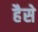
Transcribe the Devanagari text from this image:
हैसे